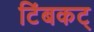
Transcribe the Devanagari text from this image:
टिंबकट्